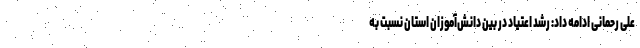
علی رحمانی ادامه داد: رشد اعتیاد در بین دانش‌آموزان استان نسبت به